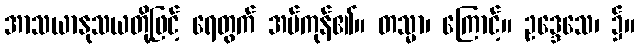
အာသယာနုသယတို့ဖြင့် ရေတွက် အပ်ကုန်၏။ တသ္မာ၊ ကြောင့်။ ဥဒ္ဒေသေ၊ ၌။